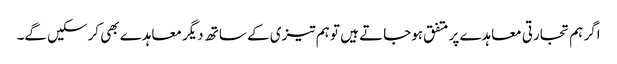
اگر ہم تجارتی معاہدے پر متفق ہوجاتے ہیں تو ہم تیزی کے ساتھ دیگر معاہدے بھی کرسکیں گے۔